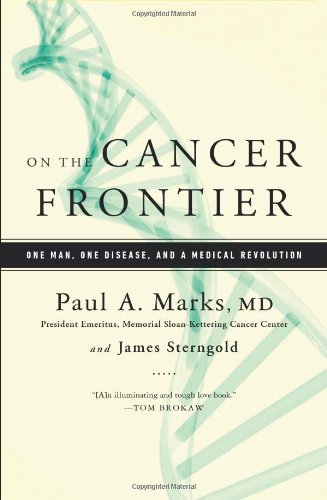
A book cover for On the Cancer Frontier: One Man, One Disease, and a Medical Revolution; Paul Marks; Business & Money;